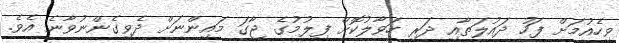
ވިހެއުމަށް ފަހު ދައުލަތާއި ދަރި ހަވާލުކޮށް ފިލުމުގެ ޖާގަ މައިންނަށް ދެވިގެންނުވާނެ އެވެ.